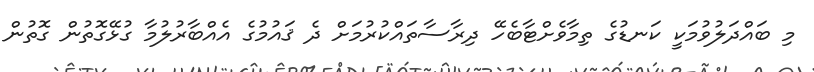
މި ބައްދަލުވުމަކީ ކަނޑުގެ ތިމާވެށްޓާބެހޭ ދިރާސާތައްކުރުމަށް ދެ ޤައުމުގެ އެއްބާރުލުމާ ގުޅޭގޮތުން ގޮތުން